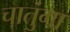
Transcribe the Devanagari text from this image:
चातुंगा